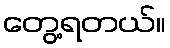
တွေ့ရတယ်။